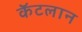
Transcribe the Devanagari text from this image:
कॅटलान